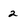
Character: 2